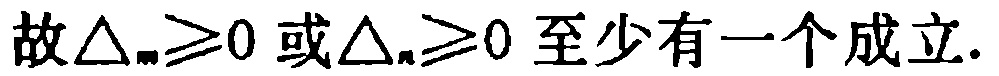
故\(\Delta_{m}\geq0\)或\(\Delta_{n}\geq0\)至少有一个成立.